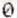
0